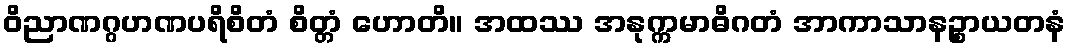
ဝိညာဏဂ္ဂဟဏပရိစိတံ စိတ္တံ ဟောတိ။ အထဿ အနုက္ကမာဓိဂတံ အာကာသာနဉ္စာယတနံ